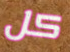
كل